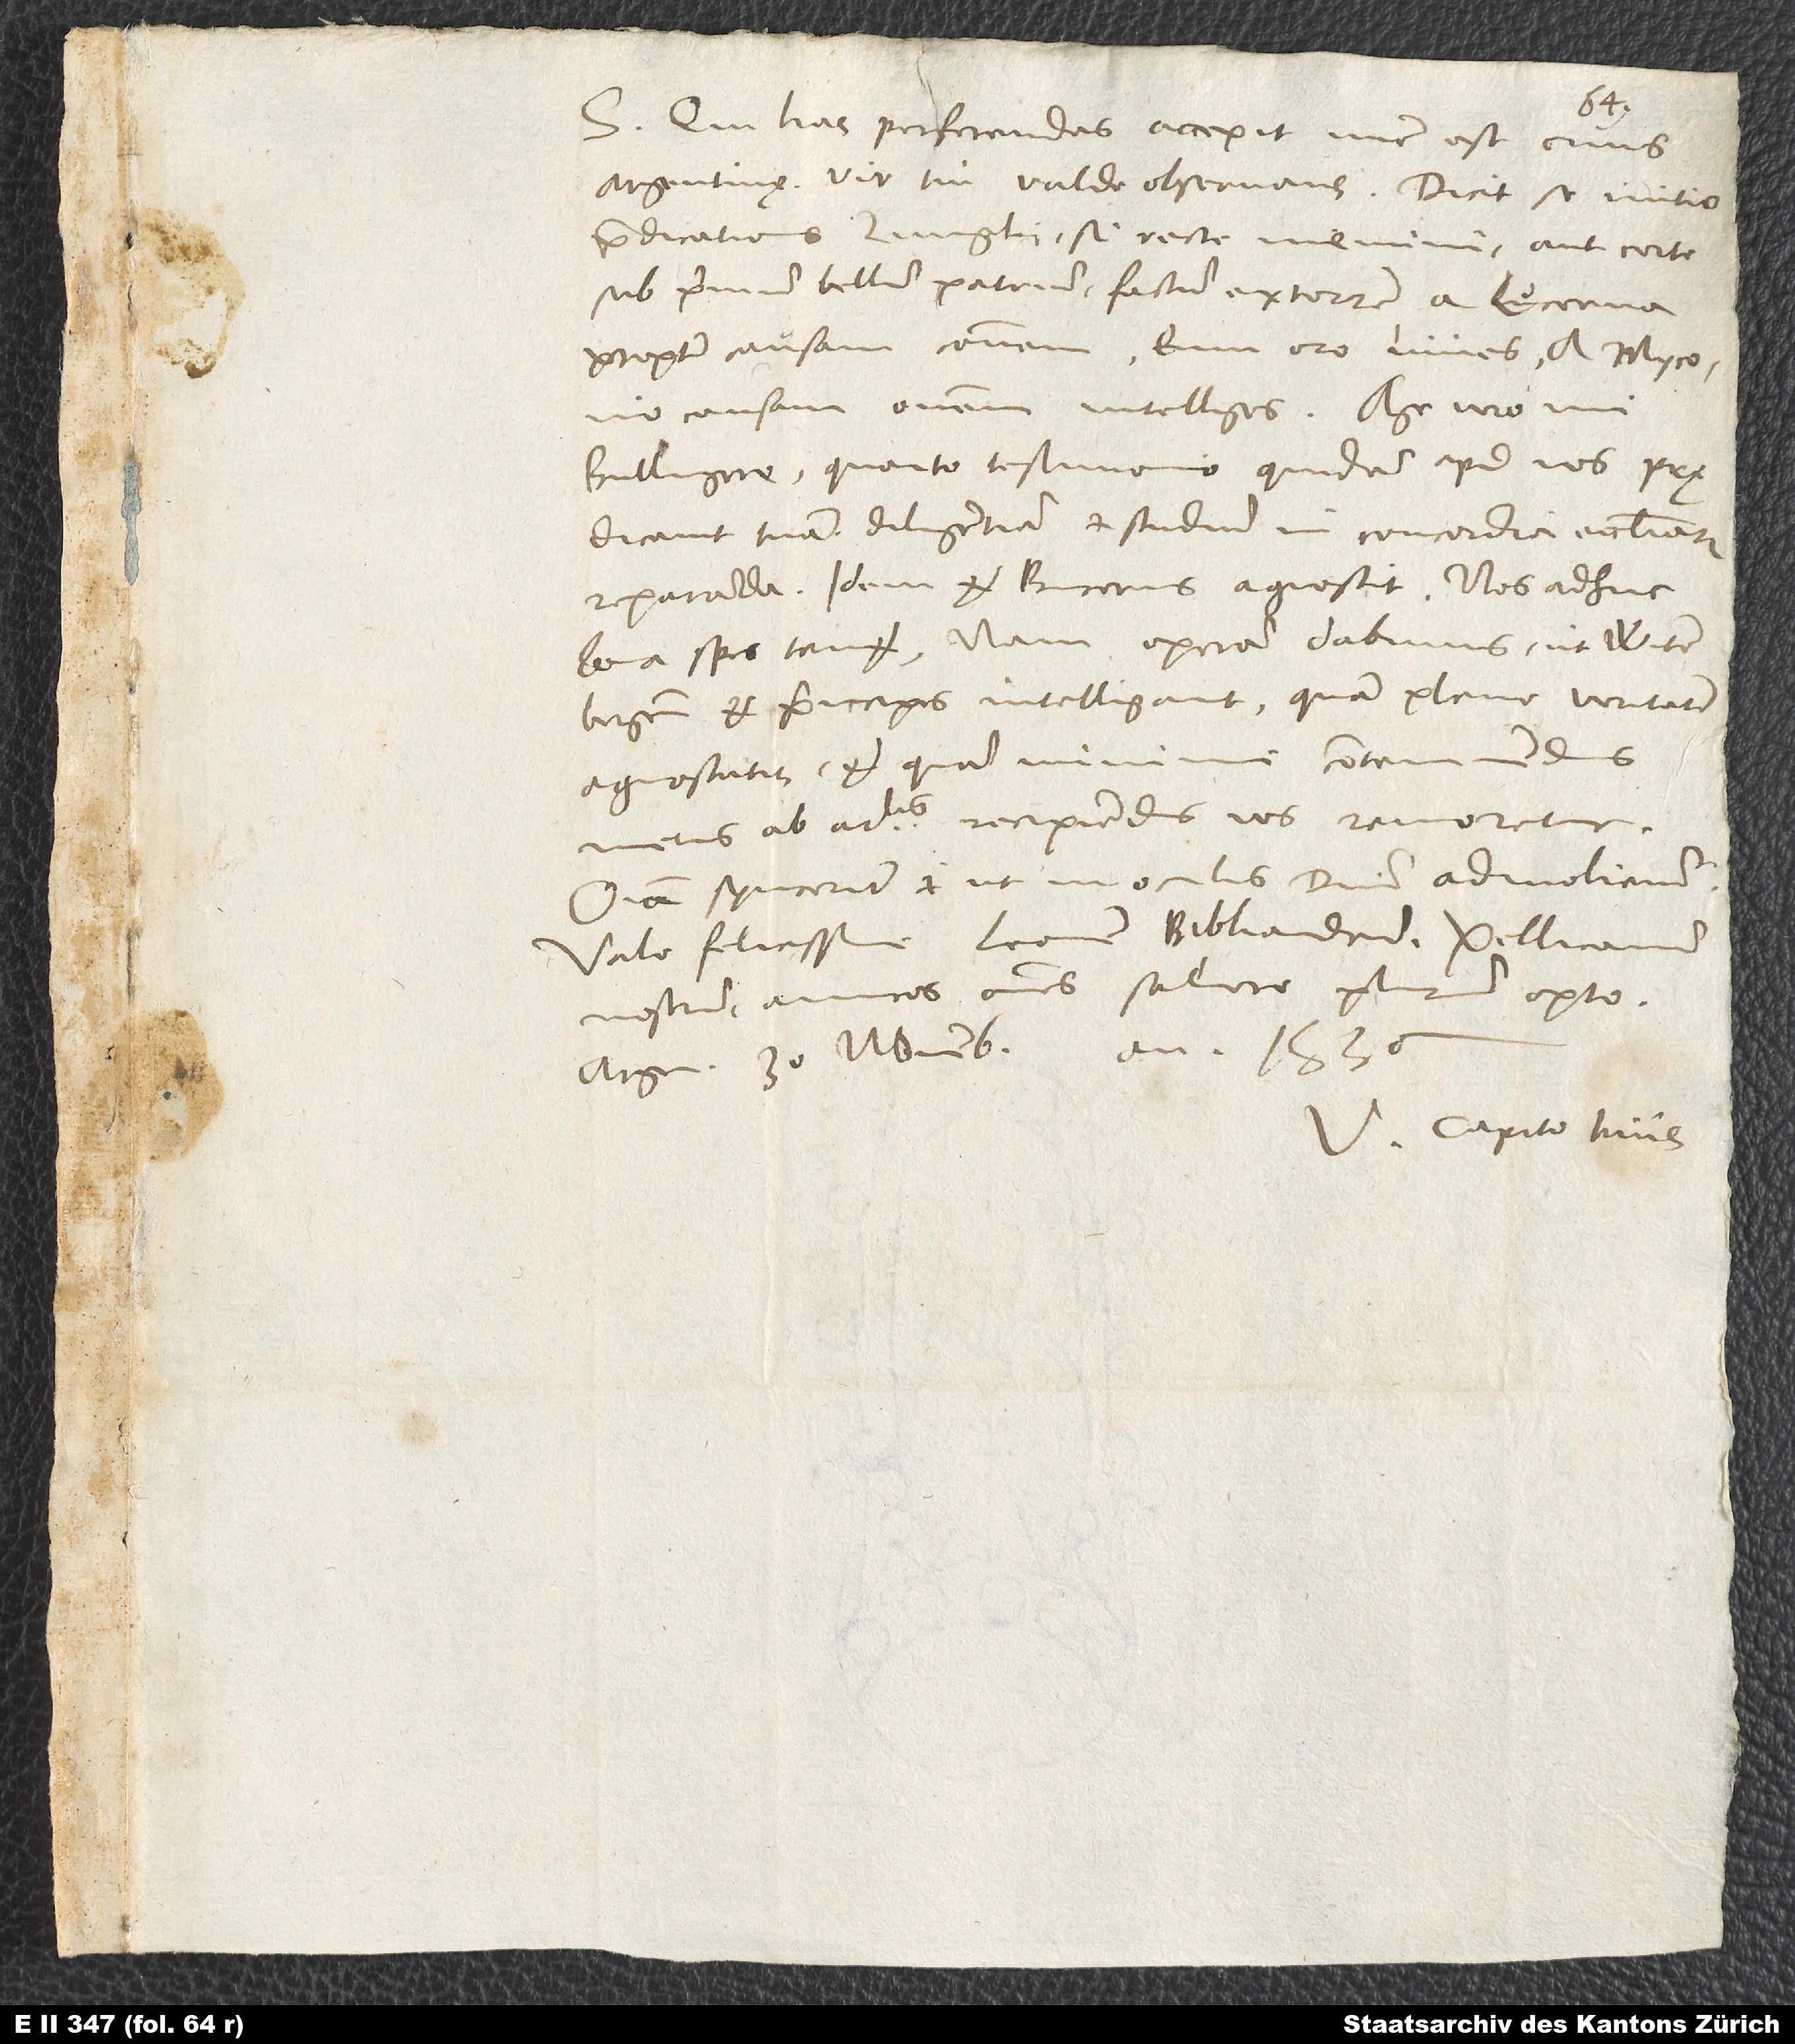
S. Qui has perferendas accepit, nunc est civis
Argentinę, vir tui valde observans. Dicit se initio
praedicationis Zvinglii, si recte memini, aut certe
sub primum bellum patrium factum extorrem a Lucerna
propter causam communem. Eum, oro, juves. A Myconio
causam omnem intelliges. Age vero, mi
Bullingere, quanto testimonio quidam apud nos
prędicant tuam diligentiam et studium in concordia ecclesiarum
reparanda! Idem et Bucerus agnoscit. Nos adhuc
bona spes tenet. Nam operam dabimus, ut Witenbergenses
et principes intelligant, quam plene veritatem
agnoscatis et quam minime contemnendus
metus ab articulis recipiendis vos remoretur.
Omnia synceriter et ut in oculis domini admoliemur.
Vale felicissime. Leonem, Bibliandrum, Pellicanum
nostrum, amicos omnes salvere plurimum opto.
Argen30. novembris anno 1536.
V. Capito tuus.